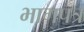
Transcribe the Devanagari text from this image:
भागपत्र